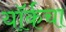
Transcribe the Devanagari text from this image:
यॉर्कचा